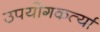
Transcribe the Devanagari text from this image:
उपयोगकर्त्या